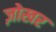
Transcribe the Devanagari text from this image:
ज़ोखर